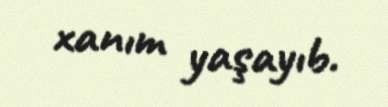
xanım yaşayıb.